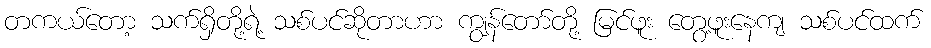
တကယ်တော့ သက်ရှိတို့ရဲ့ သစ်ပင်ဆိုတာဟာ ကျွန်တော်တို့ မြင်ဖူး တွေ့ဖူးနေကျ သစ်ပင်ထက်